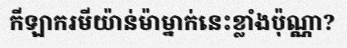
កីឡាករមីយ៉ាន់ម៉ាម្នាក់នេះខ្លាំងប៉ុណ្ណា?